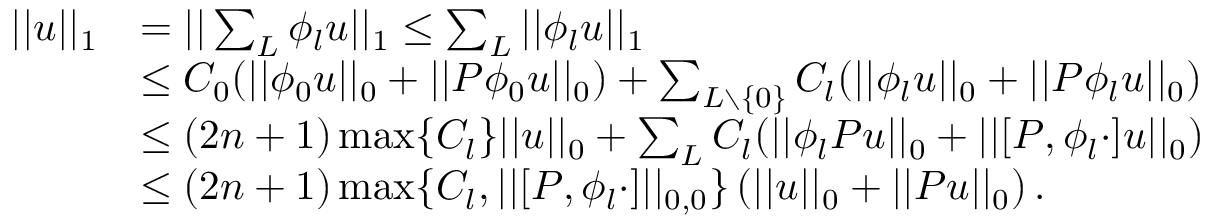
\begin{array} { r l } { | | u | | _ { 1 } } & { = | | \sum _ { L } \phi _ { l } u | | _ { 1 } \leq \sum _ { L } | | \phi _ { l } u | | _ { 1 } } \\ & { \leq C _ { 0 } ( | | \phi _ { 0 } u | | _ { 0 } + | | P \phi _ { 0 } u | | _ { 0 } ) + \sum _ { L \setminus \{ 0 \} } C _ { l } ( | | \phi _ { l } u | | _ { 0 } + | | P \phi _ { l } u | | _ { 0 } ) } \\ & { \leq ( 2 n + 1 ) \operatorname* { m a x } \{ C _ { l } \} | | u | | _ { 0 } + \sum _ { L } C _ { l } ( | | \phi _ { l } P u | | _ { 0 } + | | \lbrack P , \phi _ { l } \cdot \rbrack u | | _ { 0 } ) } \\ & { \leq ( 2 n + 1 ) \operatorname* { m a x } \{ C _ { l } , | | \lbrack P , \phi _ { l } \cdot \rbrack | | _ { 0 , 0 } \} \left( | | u | | _ { 0 } + | | P u | | _ { 0 } \right) . } \end{array}